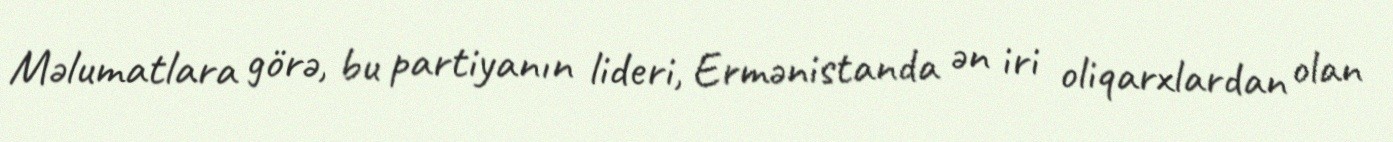
Məlumatlara görə, bu partiyanın lideri, Ermənistanda ən iri oliqarxlardan olan